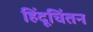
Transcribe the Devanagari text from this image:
हिंदूचिंतन